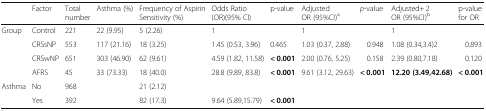
<table><thead><tr><td></td><td><b>Factor</b></td><td><b>Total number</b></td><td><b>Asthma (%)</b></td><td><b>Frequency of Aspirin Sensitivity (%)</b></td><td><b>Odds Ratio (OR)(95% CI)</b></td><td><b>p-value</b></td><td><b>Adjusted OR (95%CI)<sup>a</sup></b></td><td><b><i>p</i>-value</b></td><td><b>Adjusted+ 2 OR (95%CI)<sup>b</sup></b></td><td><b>p-value for OR</b></td></tr></thead><tbody><tr><td rowspan="4">Group</td><td>Control</td><td>221</td><td>22 (9.95)</td><td>5 (2.26)</td><td>1</td><td></td><td>1</td><td></td><td>1</td><td></td></tr><tr><td>CRSsNP</td><td>553</td><td>117 (21.16)</td><td>18 (3.25)</td><td>1.45 (0.53, 3.96)</td><td>0.465</td><td>1.03 (0.37, 2.88)</td><td>0.948</td><td>1.08 (0.34,3.4)2</td><td>0.893</td></tr><tr><td>CRSwNP</td><td>651</td><td>303 (46.90)</td><td>62 (9.61)</td><td>4.59 (1.82, 11.58)</td><td><b>&lt; 0.001</b></td><td>2.00 (0.76, 5.25)</td><td>0.158</td><td>2.39 (0.80,7.18)</td><td>0.120</td></tr><tr><td>AFRS</td><td>45</td><td>33 (73.33)</td><td>18 (40.0)</td><td>28.8 (9.89, 83.8)</td><td><b>&lt; 0.001</b></td><td>9.61 (3.12, 29.63)</td><td><b>&lt; 0.001</b></td><td><b>12.20 (3.49,42.68)</b></td><td><b>&lt; 0.001</b></td></tr><tr><td rowspan="2">Asthma</td><td>No</td><td>968</td><td></td><td>21 (2.12)</td><td></td><td></td><td></td><td></td><td></td><td></td></tr><tr><td>Yes</td><td>392</td><td></td><td>82 (17.3)</td><td>9.64 (5.89,15.79)</td><td><b>&lt; 0.001</b></td><td></td><td></td><td></td><td></td></tr></tbody></table>